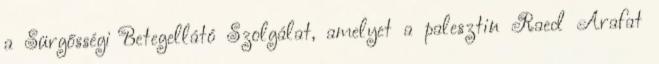
a Sürgősségi Betegellátó Szolgálat, amelyet a palesztin Raed Arafat